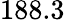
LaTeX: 188.3